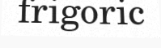
frigoric